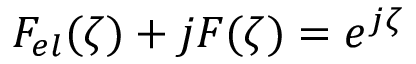
F _ { e l } ( \zeta ) + j F ( \zeta ) = e ^ { j \zeta }